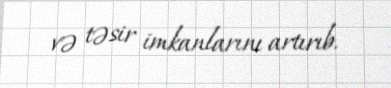
və təsir imkanlarını artırıb.